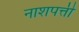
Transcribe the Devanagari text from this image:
नाशपत्ती